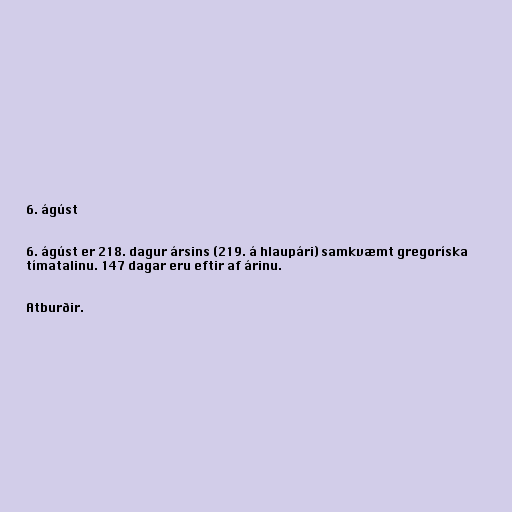
6. ágúst

6. ágúst er 218. dagur ársins (219. á hlaupári) samkvæmt gregoríska
tímatalinu. 147 dagar eru eftir af árinu.

Atburðir.